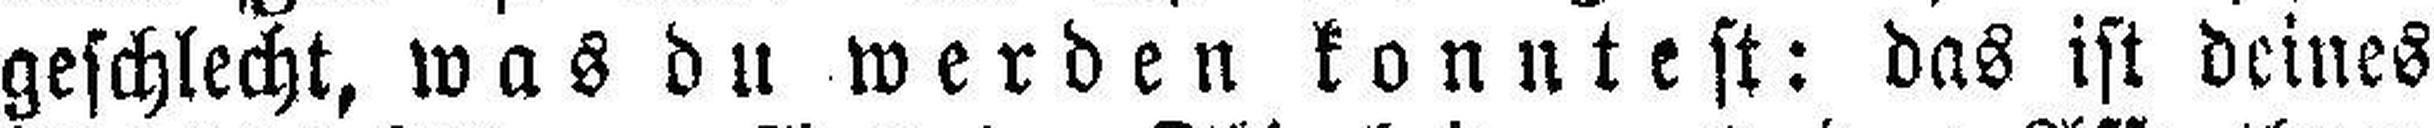
geschlecht, was du werden konntest: das ist deines